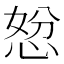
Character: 𭝇